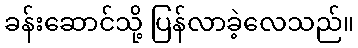
ခန်းဆောင်သို့ ပြန်လာခဲ့လေသည်။